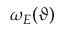
\omega _ { E } ( \vartheta )